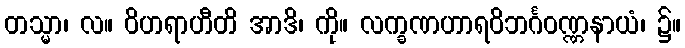
တသ္မာ၊ လ။ ဝိဟရာဟီတိ အာဒိ၊ ကို။ လက္ခဏဟာရဝိဘင်္ဂဝဏ္ဏနာယံ၊ ၌။